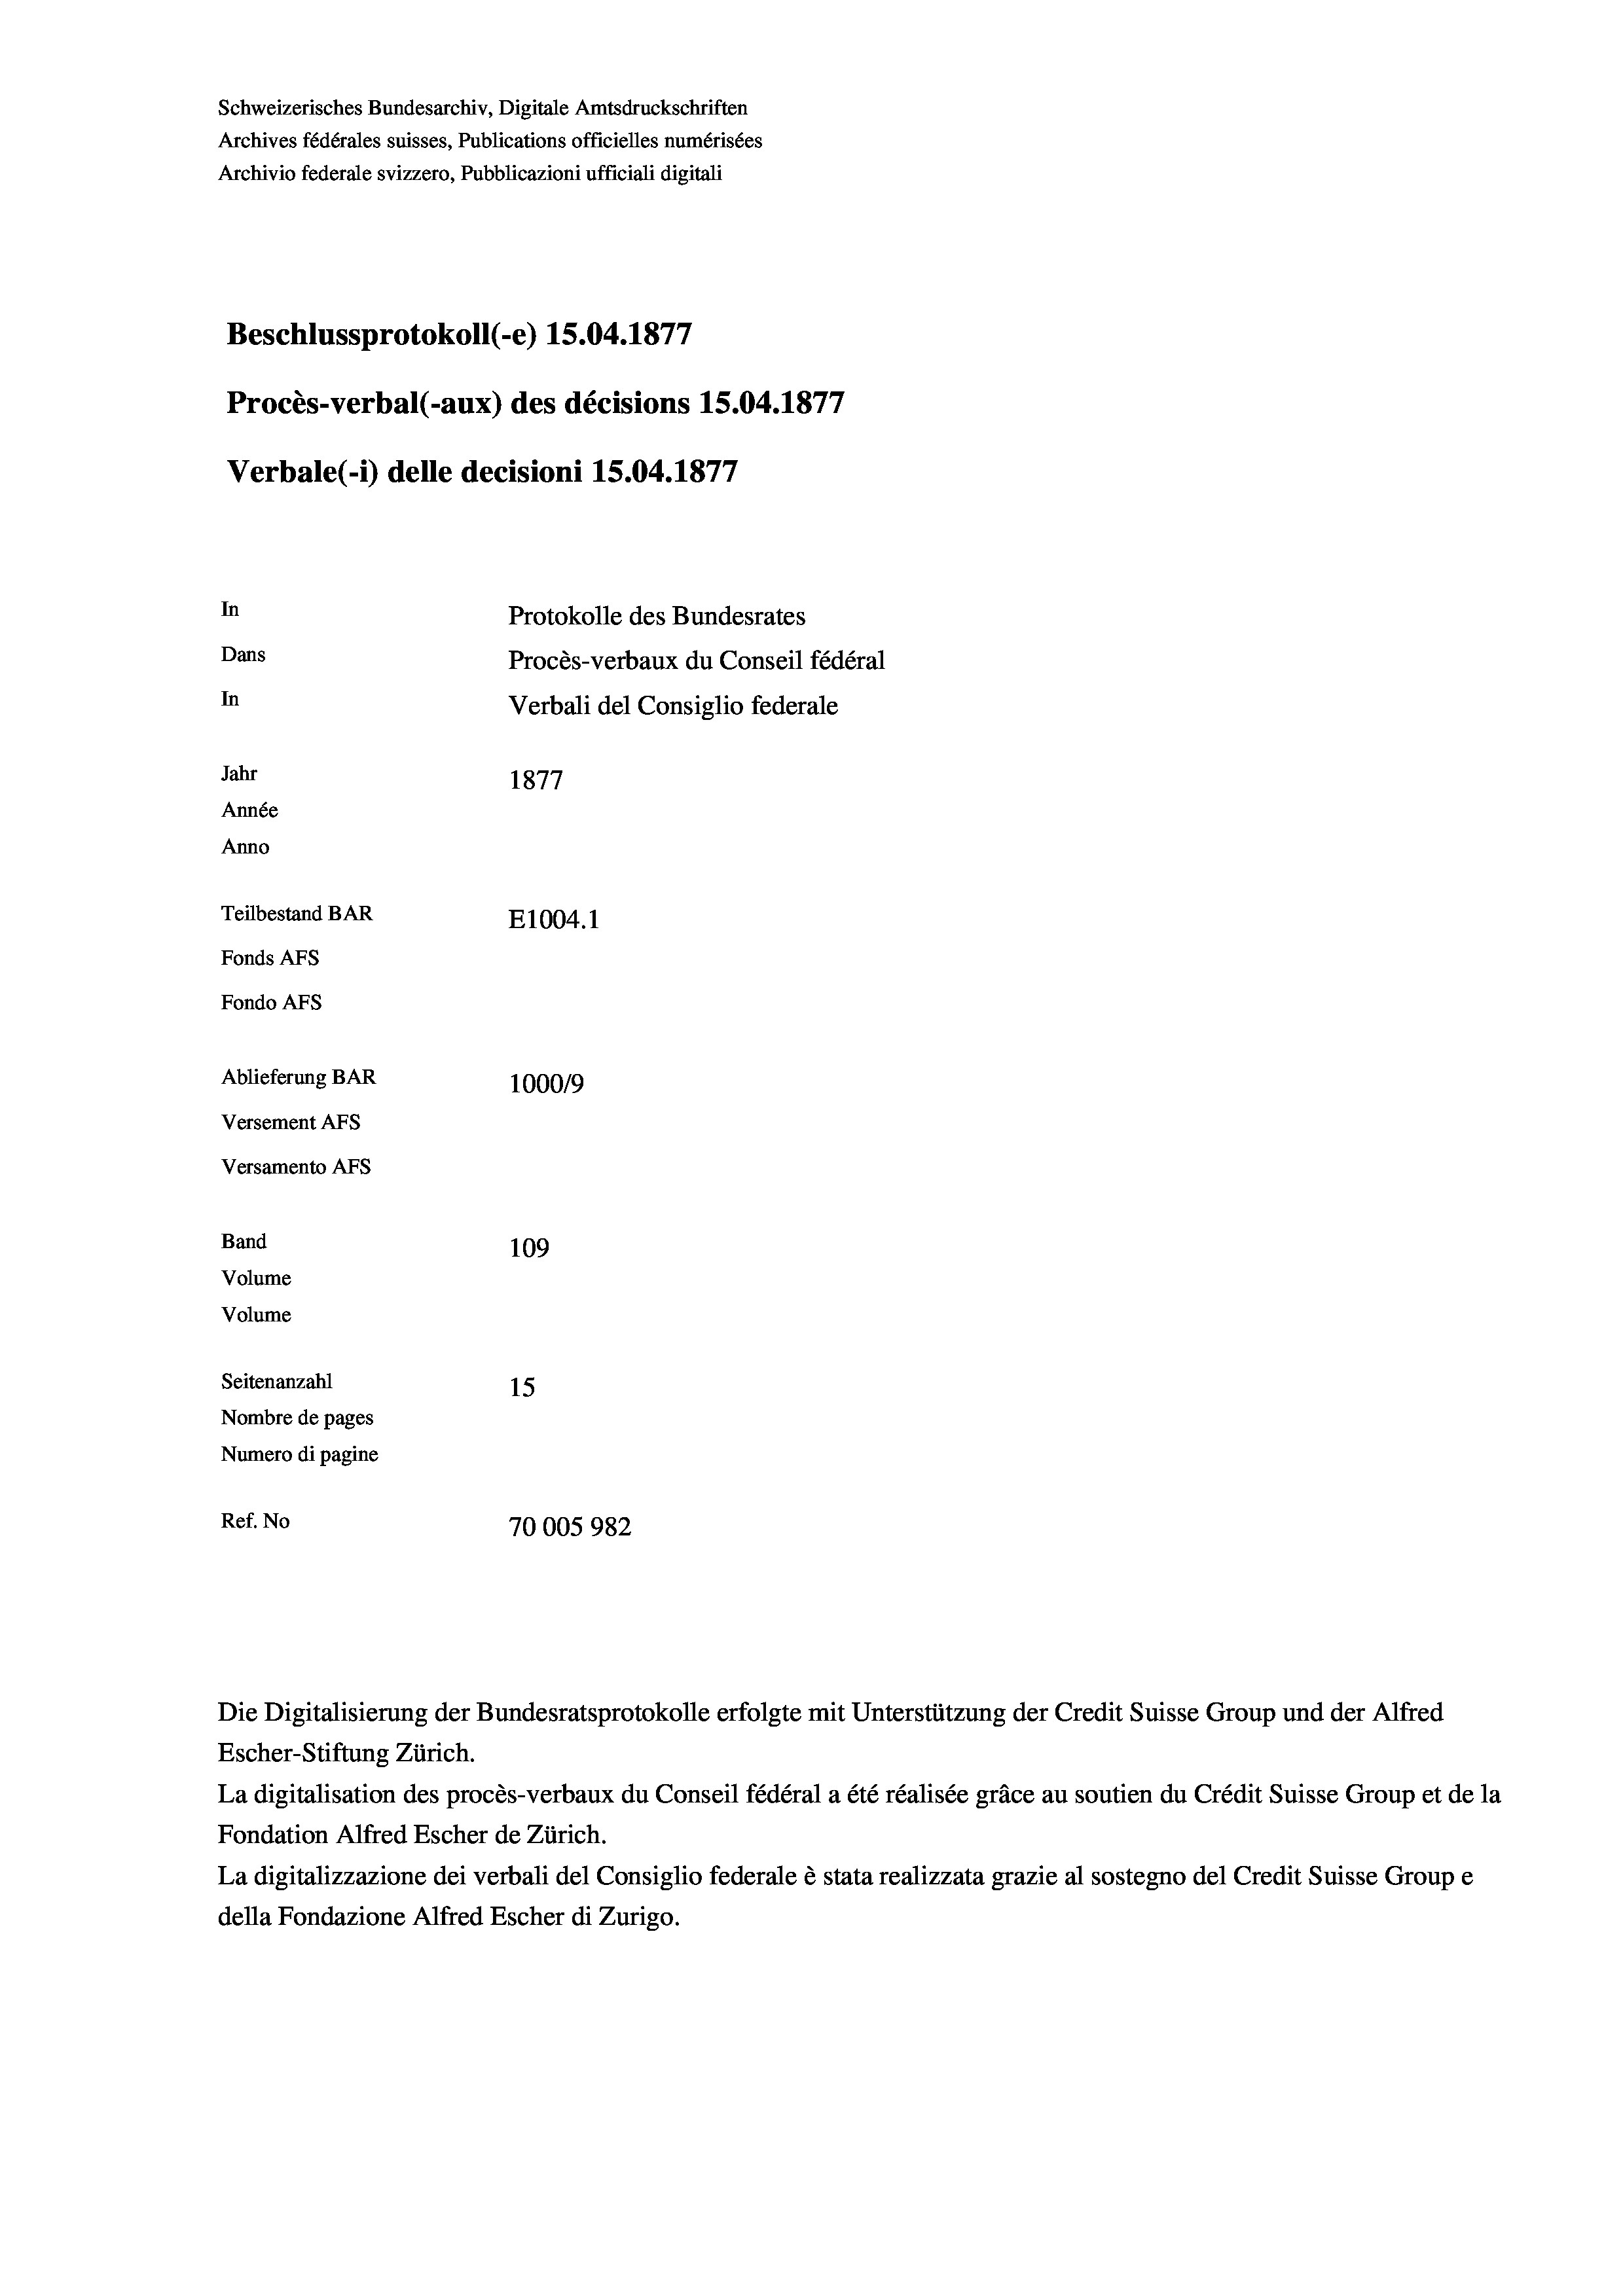
Schweizerisches Bundesarchiv, Digitale Amtsdruckschriften
Archives fédérales suisses, Publications officielles numérisées
Archivio federale svizzero, Pubblicazioni ufficiali digitali
777
Beschlussprotokoll (-e) 15.04. 1871
Procès-verbal (-aux) des décisions 15.04. 1877
Verbale(1) delle decisioni 15.04. 1877
In
Protokolle des Bundesrates
Dans
Procès-verbaux du Conseil fédéral
In
Verbali del Consiglio federale
Jahr
1877
Année
Anno
Teilbestand BAR
E1004.1
Fonds AFs
Fondo AFs
Ablieferung BAR
100019
Versement AFS
Versamento Afs
Band
109

Volume
Volume
Seitenanzahl
15
Nombre de pages
Numero di pagine
Ref. No
70005982

Escher-Stiftung Zürich.
La digitalisation des procès-verbaux du Conseil fédéral a été réalisée gräce au soutien du Crédit Suisse Group et de la
Fondation Alfred Escher de Zürich.
La digitalizzazione dei verbali del Consiglio federale è stata realizzata grazie al sostegno del Credit Suisse Groupe
della Fondazione Alfred Escher di Zurigo.

Die Digitalisierung der Bundesratsprotokolle erfolgte mit Unterstützung der Credit Suisse Group und der Alfred